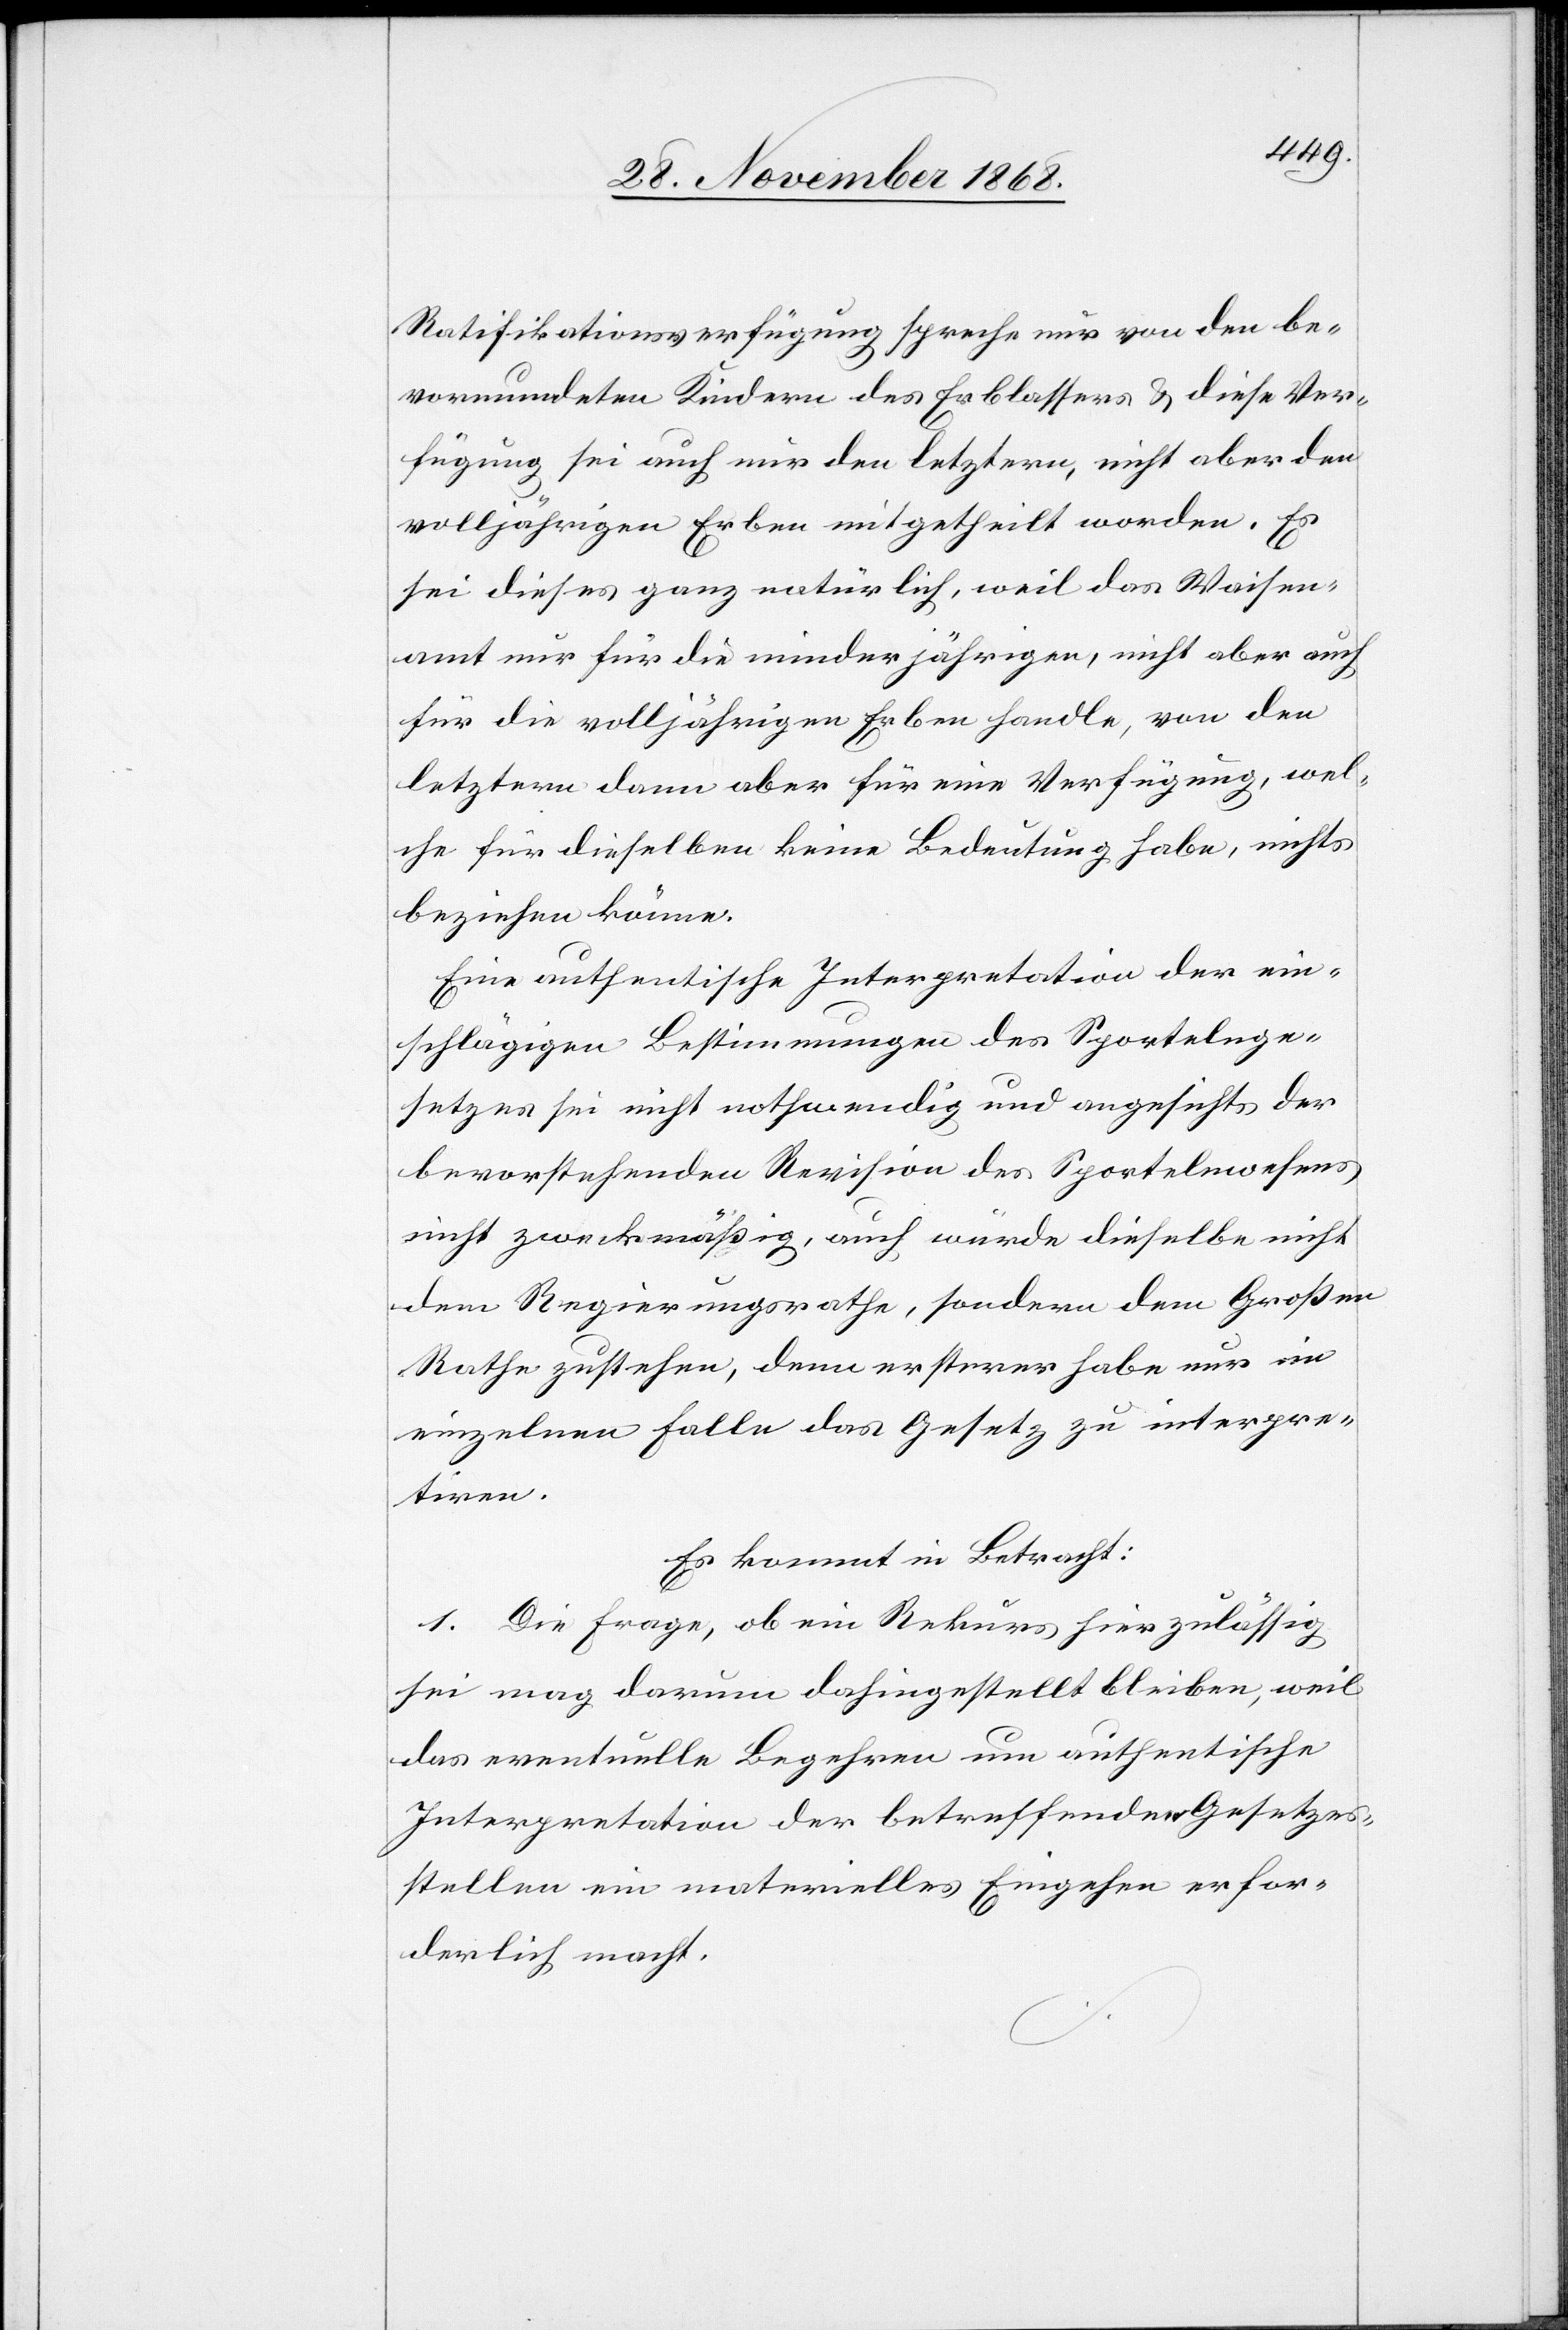
Ratifikationsverfügung spreche nur von den be¬
vormundeten Kindern des Erblassers & diese Ver¬
fügung sei auch nur den letztern, nicht aber den
volljährigen Erben mitgetheilt worden. Es
sei dieses ganz natürlich, weil das Waisen¬
amt nur für die minderjährigen, nicht aber auch
für die volljährigen Erben handle, von den
letztern dann aber für eine Verfügung, wel¬
che für dieselben keine Bedeutung habe, nichts
beziehen könne.
Eine authentische Interpretation der ein¬
schlägigen Bestimmungen des Sportelnge¬
setzes sei nicht nothwendig und angesichts der
bevorstehenden Revision des Sportelnwesens
nicht zweckmäßig, auch würde dieselbe nicht
dem Regierungsrathe, sondern dem Großen
Rathe zustehen, denn ersterer habe nur im
einzelnen Falle das Gesetz zu interpre¬
tiren.
Es kommt in Betracht:
1. Die Frage, ob ein Rekurs hier zulässig
sei mag darum dahingestellt bleiben, weil
das eventuelle Begehren um authentische
Interpretation der betreffenden Gesetzes¬
stellen ein materielles Eingehen erfor¬
derlich macht.